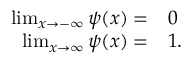
\begin{array} { r l } { \operatorname* { l i m } _ { x \to - \infty } \psi ( x ) = } & { { } 0 } \\ { \operatorname* { l i m } _ { x \to \infty } \psi ( x ) = } & { { } 1 . } \end{array}